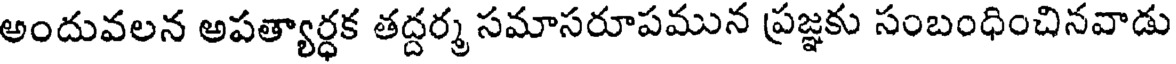
అందువలన అపత్యార్ధక తద్దర్మ సమాసరూపమున ప్రజ్ఞకు సంబంధించినవాడు